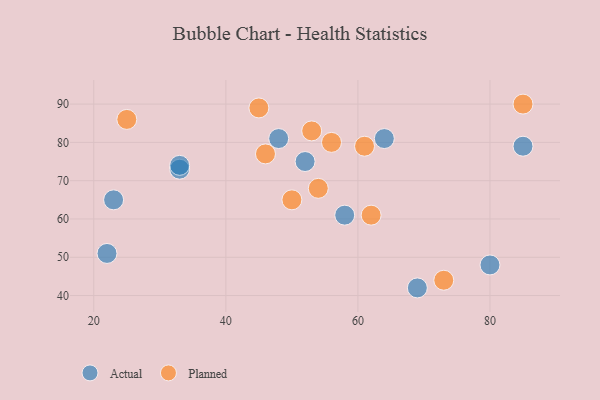
{"axis": {"x": "GDP", "y": "Life Expectancy"}, "legend": ["Actual", "Planned"], "data": [{"x": "58", "y": 61, "type": "Actual"}, {"x": "48", "y": 81, "type": "Actual"}, {"x": "69", "y": 42, "type": "Actual"}, {"x": "33", "y": 73, "type": "Actual"}, {"x": "85", "y": 79, "type": "Actual"}, {"x": "22", "y": 51, "type": "Actual"}, {"x": "33", "y": 74, "type": "Actual"}, {"x": "80", "y": 48, "type": "Actual"}, {"x": "64", "y": 81, "type": "Actual"}, {"x": "52", "y": 75, "type": "Actual"}, {"x": "23", "y": 65, "type": "Actual"}, {"x": "54", "y": 68, "type": "Planned"}, {"x": "53", "y": 83, "type": "Planned"}, {"x": "62", "y": 61, "type": "Planned"}, {"x": "61", "y": 79, "type": "Planned"}, {"x": "73", "y": 44, "type": "Planned"}, {"x": "50", "y": 65, "type": "Planned"}, {"x": "25", "y": 86, "type": "Planned"}, {"x": "56", "y": 80, "type": "Planned"}, {"x": "45", "y": 89, "type": "Planned"}, {"x": "46", "y": 77, "type": "Planned"}, {"x": "85", "y": 90, "type": "Planned"}]}